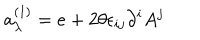
a _ { \lambda } ^ { ( 1 ) } = e + 2 \theta \epsilon _ { i j } \partial ^ { i } A ^ { j }